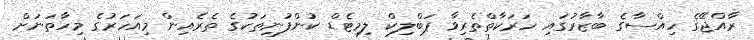
ރާއްޖޭގެ ހިއްސާގެ ބާޒާރުގައި ހަރަކާތްތެރިވާ ޕަބްލިކް ލިމިޓެޑް ކުންފުނިތަކުގެ ތެރެއިން މިއަހަރުގެ މިހާތަނަށް